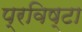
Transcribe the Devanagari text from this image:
प्रविष्टा